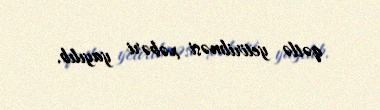
qətlə yetirilməsi xəbəri yayılıb.